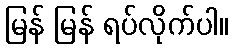
မြန် မြန် ရပ်လိုက်ပါ။